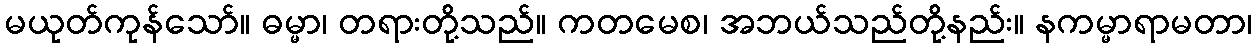
မယုတ်ကုန်သော်။ ဓမ္မာ၊ တရားတို့သည်။ ကတမေစ၊ အဘယ်သည်တို့နည်း။ နကမ္မာရာမတာ၊